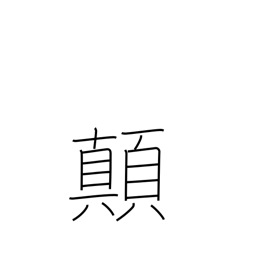
Meaning: overturn